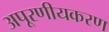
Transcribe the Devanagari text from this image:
अपूरणीयकरण